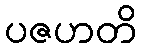
ပဇဟတိ